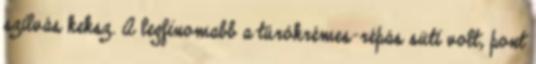
szilvás keksz. A legfinomabb a túrókrémes-répás süti volt, pont